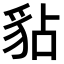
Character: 𧲸